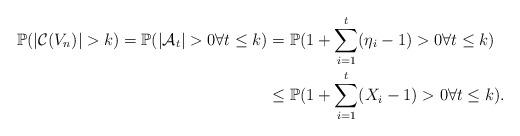
LaTeX: \begin{align*}\mathbb{P}(|\mathcal{C}(V_n)|>k)=\mathbb{P}(|\mathcal{A}_t|>0\forall t\leq k)&=\mathbb{P}(1+\sum_{i=1}^{t}(\eta_i-1)>0\forall t\leq k)\\&\leq \mathbb{P}(1+\sum_{i=1}^{t}(X_i-1)>0\forall t\leq k).\end{align*}